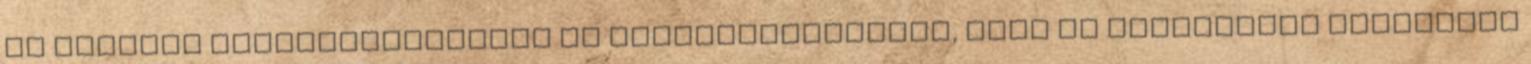
az afrikai begyűjtőhelyeken és rabszolgahajókon, majd új hazájukban egymáshoz